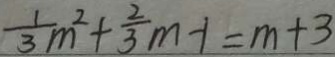
\frac { 1 } { 3 } m ^ { 2 } + \frac { 2 } { 3 } m - 1 = m + 3